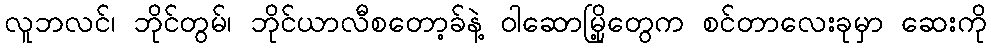
လူဘလင်၊ ဘိုင်တွမ်၊ ဘိုင်ယာလီစတော့ခ်နဲ့ ဝါဆောမြို့တွေက စင်တာလေးခုမှာ ဆေးကို